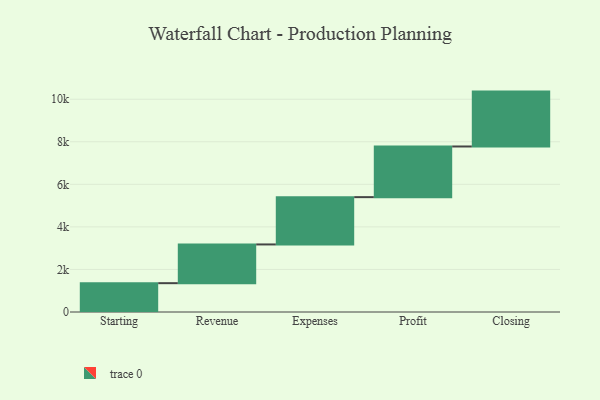
{"axis": {"x": "Step", "y": "Value"}, "legend": [""], "data": [{"x": "Starting", "y": 1355.0, "type": ""}, {"x": "Revenue", "y": 1820.0, "type": ""}, {"x": "Expenses", "y": 2223.0, "type": ""}, {"x": "Profit", "y": 2381.0, "type": ""}, {"x": "Closing", "y": 2579.0, "type": ""}]}